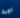
اجرة